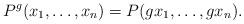
LaTeX: \begin{align*}P^g(x_1, \ldots, x_n)=P(gx_1, \ldots, gx_n).\end{align*}